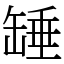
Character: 䍋